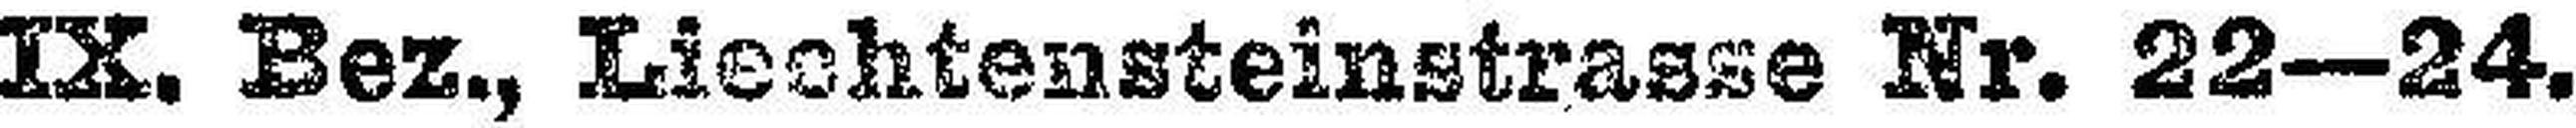
IX. Bez., Liechtensteinstrasse Nr. 22—24.